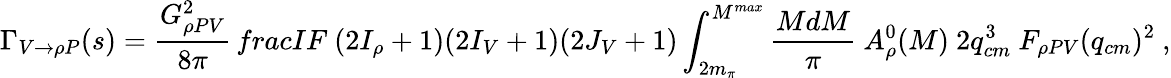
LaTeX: \Gamma_{V\to\rho P}(s)=\frac{G_{\rho PV}^{2}}{8\pi}\, frac{IF\ (2I_{\rho}+1)}{(2I_{V}+1)(2J_{V}+1)}\int_{2m_{\pi}}^{M^{max}}\frac{MdM}{\pi}\ A_{\rho}^{0}(M)\ 2q_{cm}^{3}\ F_{\rho PV}(q_{cm})^{2}\ ,